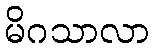
မိဂသာလာ